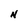
Character: N